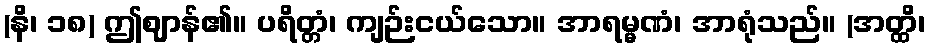
(နိ၊ ၁၈) ဤဈာန်၏။ ပရိတ္တံ၊ ကျဉ်းငယ်သော။ အာရမ္မဏံ၊ အာရုံသည်။ (အတ္ထိ၊